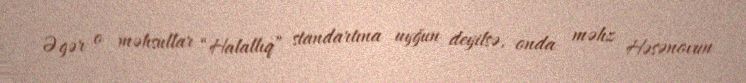
Əgər o məhsullar “Halallıq” standartına uyğun deyilsə, onda məhz Həsənovun